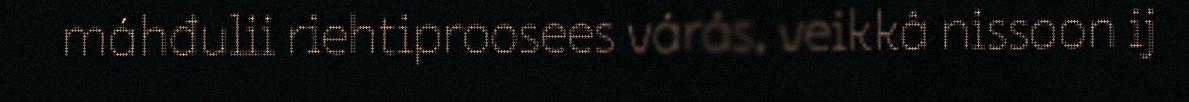
máhđulii riehtiproosees várás, veikkâ nissoon ij